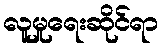
လူမှုရေးဆိုင်ရာ